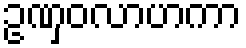
ဥဏှဝလာဟကာ